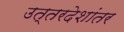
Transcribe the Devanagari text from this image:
उत्तरदेशांतर